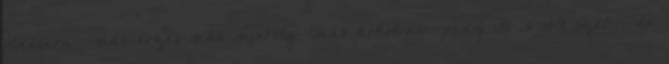
oldalára---más érzés-más minőség -más hókotrás---pedig itt is volt szél----de